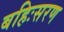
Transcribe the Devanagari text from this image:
बहिःसरण